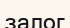
залог